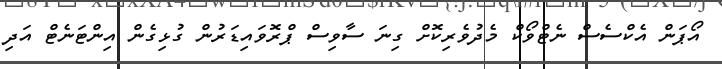
އޯޕަން އެކްސެސް ނެޓްވޯކް މެދުވެރިކޮށް ގިނަ ސާވިސް ޕްރޮވައިޑަރުން ގުޅިގެން އިންޓަނެޓް އަދި